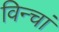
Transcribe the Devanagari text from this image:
विन्चां